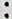
: